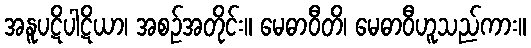
အနူပဋိပါဋိယာ၊ အစဉ်အတိုင်း။ မေဓာဝီတိ၊ မေဓာဝီဟူသည်ကား။